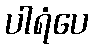
ပါရံပေ